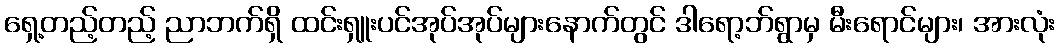
ရှေ့တည့်တည့် ညာဘက်ရှိ ထင်းရှူးပင်အုပ်အုပ်များနောက်တွင် ဒါရော့ဘ်ရွာမှ မီးရောင်များ၊ အားလုံး